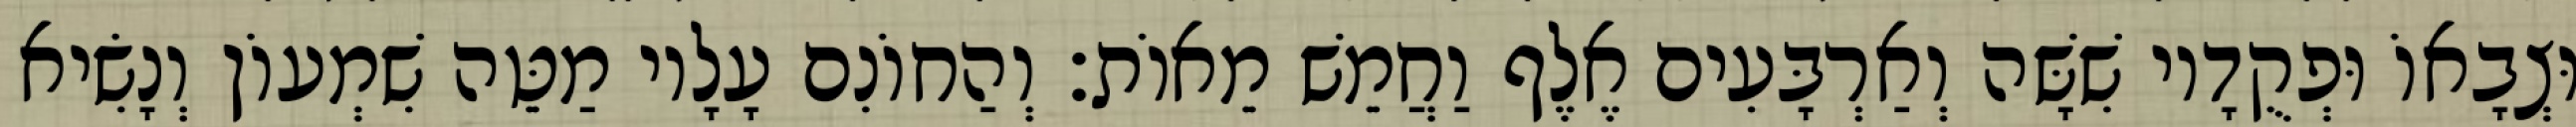
וּצְבָאוֹ וּפְקֻדָיו שִׁשָּׁה וְאַרְבָּעִים אֶלֶף וַחֲמֵשׁ מֵאוֹת׃ וְהַחוֹנִם עָלָיו מַטֵּה שִׁמְעוֹן וְנָשִׂיא